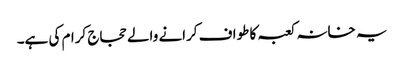
یہ خانہ کعبہ کا طواف کرانے والے حجاج کرام کی ہے۔